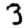
Digit: 3